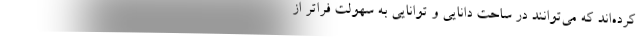
کرده‌اند که می‌توانند در ساحت دانایی و توانایی به سهولت فراتر از